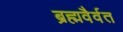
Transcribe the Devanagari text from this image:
ब्रह्मवैर्वत